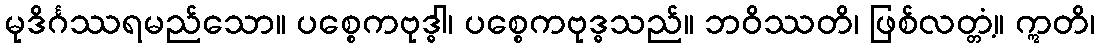
မုဒိင်္ဂဿရမည်သော။ ပစ္စေကဗုဒ္ဓါ၊ ပစ္စေကဗုဒ္ဓသည်။ ဘဝိဿတိ၊ ဖြစ်လတ္တံ့။ ဣတိ၊